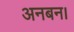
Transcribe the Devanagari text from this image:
अनबन।